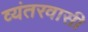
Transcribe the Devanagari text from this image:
व्यंतरवासी